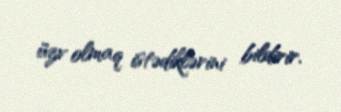
üzv olmaq istədiklərini bildirir.